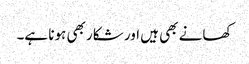
کھانے بھی ہیں اور شکار بھی ہونا ہے۔